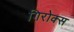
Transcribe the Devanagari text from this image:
गिरोक्स